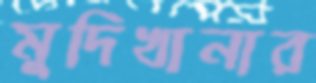
মুদিখানার